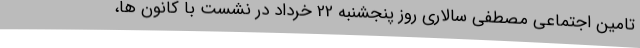
تامین اجتماعی مصطفی سالاری روز پنجشنبه 22 خرداد در نشست با کانون ها،